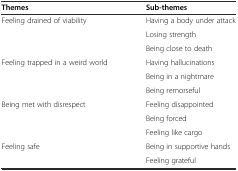
| Themes | Sub-themes |
 | --- | --- |
 | <ROWSPAN=3> Feeling drained of viability | Having a body under attack |
 | Losing strength |
 | Being close to death |
 | <ROWSPAN=3> Feeling trapped in a weird world | Having hallucinations |
 | Being in a nightmare |
 | Being remorseful |
 | <ROWSPAN=3> Being met with disrespect | Feeling disappointed |
 | Being forced |
 | Feeling like cargo |
 | <ROWSPAN=2> Feeling safe | Being in supportive hands |
 | Feeling grateful |